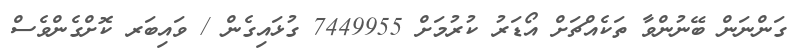
ގަންނަން ބޭނުންވާ ތަކެއްޗަށް އޯޑަރު ކުރުމަށް 7449955 ގުޅައިގެން / ވައިބަރ ކޮށްގެންވެސް